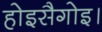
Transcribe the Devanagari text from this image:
होइसैगोइ।